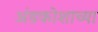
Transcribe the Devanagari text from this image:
अंडकोशाच्या